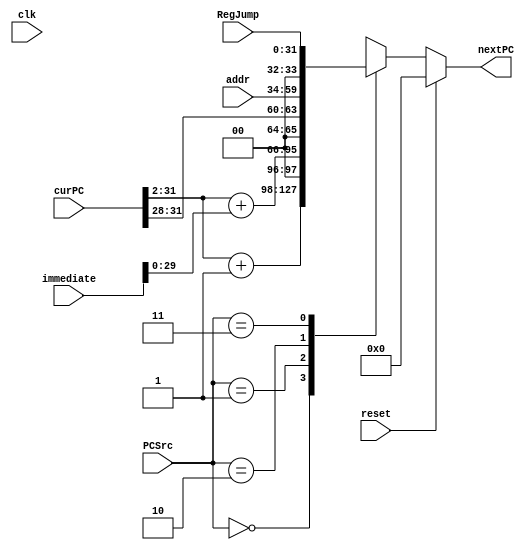
module NPC(
    input clk,                  //时钟
    input reset,                //是否重置地址。0-初始化PC，否则接受新地址
    input [1:0] PCSrc,          //数据选择器输入
    input [31:0] RegJump,
    input [31:0] immediate,
    input [25:0] addr,
    output reg [31:0] nextPC,        //新指令地址
    input [31:0] curPC      //当前指令的地址
);

    initial begin
        nextPC <= 0;
    end

    parameter Seq = 2'b00;
    parameter Branch = 2'b01;
    parameter Jump = 2'b10;
    parameter JR = 2'b11;

    always@(*) begin//取下一个地址或清零
        if(reset) begin// reset == 0, PC = 0
            nextPC <= 0;
        end
        else begin
            case (PCSrc)
                Seq: nextPC <= {curPC[31:2] + 1, 2'b00};                         
                Branch: nextPC <= {curPC[31:2] + immediate[29:0], 2'b00};    
                Jump: nextPC <= {curPC[31:28], addr, 2'b00};                   //while use 延迟槽 {curPC[31:28], addr}
                JR: nextPC <= RegJump;                                  
                default: nextPC <= curPC;                                  
            endcase
        end
    end

endmodule